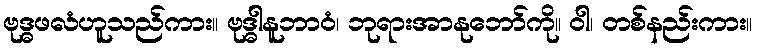
ဗုဒ္ဓဖလံဟူသည်ကား။ ဗုဒ္ဓါနူဘာဝံ၊ ဘုရားအာနုဘော်ကို။ ဝါ၊ တစ်နည်းကား။